Civil Veterinary Department Bihar reports 1936-40 - 1936-1940
Year: 1936
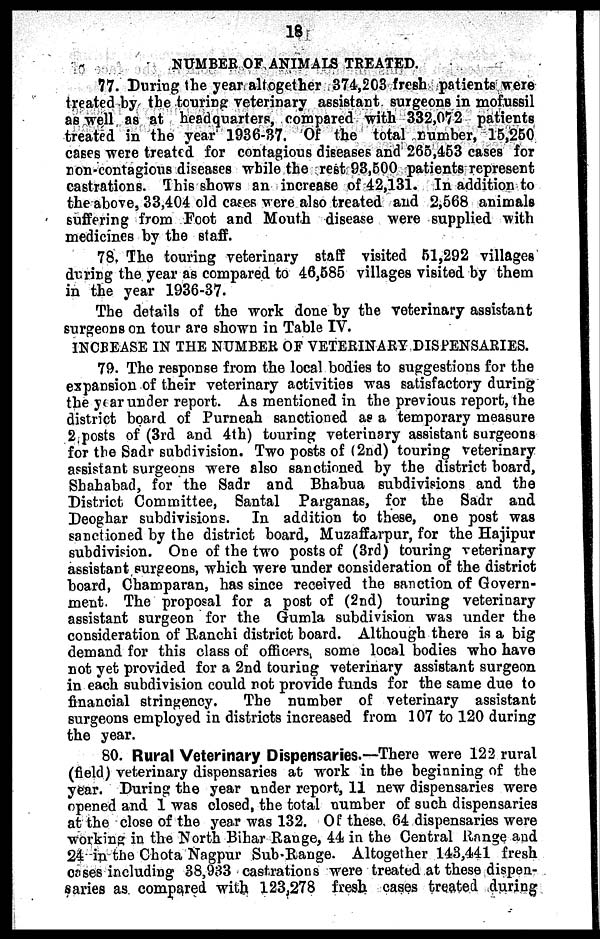
18
NUMBER OF ANIMALS TREATED.
77. During the year altogether 374,203 fresh patients were
treated by the touring veterinary assistant surgeons in mofussil
as well as at headquarters, compared with 332,072 patients
treated in the year 1936-37. Of the total number, 15,250
cases were treated for contagious diseases and 265,453 cases for
non-contagious diseases while the rest 93,500 patients represent
castrations. This shows an increase of 42,131. In addition to
the above, 33,404 old cases were also treated and 2,568 animals
suffering from Foot and Mouth disease were supplied with
medicines by the staff.
78. The touring veterinary staff visited 51,292 villages
during the year as compared to 46,585 villages visited by them
in the year 1936-37.
The details of the work done by the veterinary assistant
surgeons on tour are shown in Table IV.
INCREASE IN THE NUMBER OF VETERINARY DISPENSARIES.
79. The response from the local bodies to suggestions for the
expansion of their veterinary activities was satisfactory during
the year under report. As mentioned in the previous report, the
district board of Purneah sanctioned as a temporary measure
2 posts of (3rd and 4th) touring veterinary assistant surgeons
for the Sadr subdivision. Two posts of (2nd) touring veterinary
assistant surgeons were also sanctioned by the district board,
Shahabad, for the Sadr and Bhabua subdivisions and the
District Committee, Santal Parganas, for the Sadr and
Deoghar subdivisions. In addition to these, one post was
sanctioned by the district board, Muzaffarpur, for the Hajipur
subdivision. One of the two posts of (3rd) touring veterinary
assistant surgeons, which were under consideration of the district
board, Champaran, has since received the sanction of Govern-
ment. The proposal for a post of (2nd) touring veterinary
assistant surgeon for the Gumla subdivision was under the
consideration of Ranchi district board. Although there is a big
demand for this class of officers, some local bodies who have
not yet provided for a 2nd touring veterinary assistant surgeon
in each subdivision could not provide funds for the same due to
financial stringency.
The number of veterinary assistant
surgeons employed in districts increased from 107 to 120 during
the year.
80. Rural Veterinary Dispensaries.—There were 122 rural
(field) veterinary dispensaries at work in the beginning of the
year. During the year under report, 11 new dispensaries were
opened and 1 was closed, the total number of such dispensaries
at the close of the year was 132. Of these 64 dispensaries were
working in the North Bihar Range, 44 in the Central Range and
24 in the Chota Nagpur Sub-Range. Altogether 143,441 fresh
cases including 38,933 castrations were treated at these dispen-
saries as compared with 123,278 fresh cases treated during